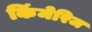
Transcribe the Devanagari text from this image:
किंमेरिज